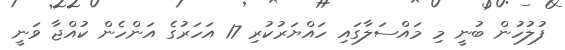
ފުލުހުން ބުނީ މި މައްސަލާގައި ހައްޔަރުކުރި 17 އަހަރުގެ އަންހެން ކުއްޖާ ވަނީ